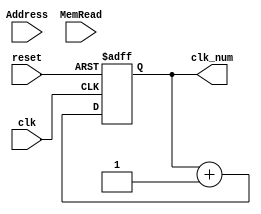
`timescale 1ns / 1ps
//////////////////////////////////////////////////////////////////////////////////
// Company: 
// Engineer: 
// 
// Design Name: 
// Module Name: SysClk
// Project Name: 
// Target Devices: 
// Tool Versions: 
// Description: 
// 
// Dependencies: 
// 
// Revision:
// Revision 0.01 - File Created
// Additional Comments:
// 
//////////////////////////////////////////////////////////////////////////////////


module SysClk(clk, reset, Address, MemRead, clk_num
    );
    input clk,reset,MemRead;
    input [31:0] Address;
    output reg [31:0] clk_num;
    always @(posedge reset or posedge clk)
    if (reset)
       clk_num <= 32'h00000000;
    else
       clk_num <= clk_num+1;
endmodule